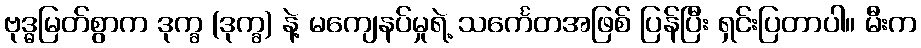
ဗုဒ္ဓမြတ်စွာက ဒုက္ခ (ဒုက္ခ) နဲ့ မကျေနပ်မှုရဲ့ သင်္ကေတအဖြစ် ပြန်ပြီး ရှင်းပြတာပါ။ မီးက